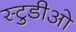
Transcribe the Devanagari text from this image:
स्टुडीओ